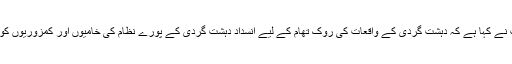
پاکستان کی سپریم کورٹ نے کہا ہے کہ دہشت گردی کے واقعات کی روک تھام کے لیے انسداد دہشت گردی کے پورے نظام کی خامیوں اور کمزوریوں کو دور کرنا ضروری ہے۔